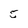
Character: 5